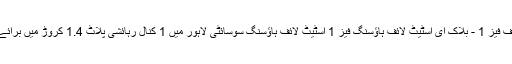
اسٹیٹ لائف فیز 1 - بلاک ای اسٹیٹ لائف ہاؤسنگ فیز 1 اسٹیٹ لائف ہاؤسنگ سوسائٹی لاہور میں 1 کنال رہائشی پلاٹ 1.4 کروڑ میں برائے فروخت۔